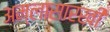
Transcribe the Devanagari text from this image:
अम्लासारखी